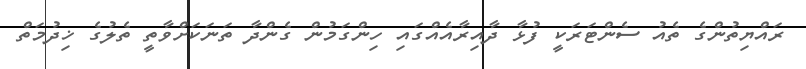
ރައްޔިތުންގެ ތެއު ސެންޓަރަކީ ފުޅާ ދާއިރާއެއްގައި ހިންގަމުން ގެންދާ ތަނަކަށްވާތީ ތެލުގެ ޚިދުމަތް